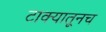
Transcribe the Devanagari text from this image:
टाक्यातूनच